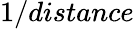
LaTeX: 1/distance